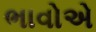
ભાવોએ